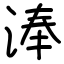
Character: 淎